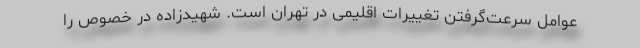
عوامل سرعت‌گرفتن تغییرات اقلیمی در تهران است. شهیدزاده در خصوص را